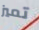
تميز